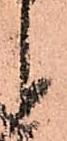
候